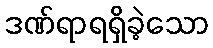
ဒဏ်ရာရရှိခဲ့သော